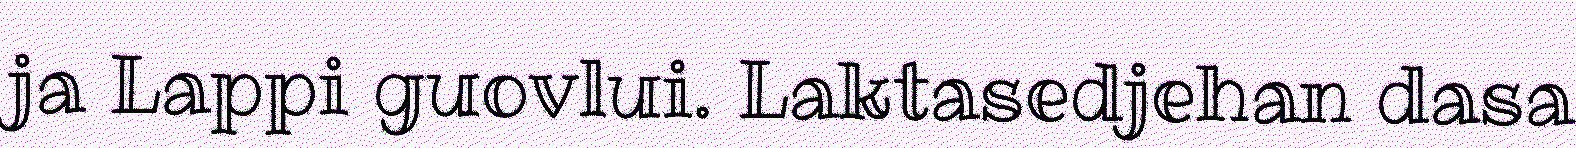
ja Lappi guovlui. Laktasedjehan dasa